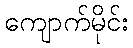
ကျောက်မိုင်း